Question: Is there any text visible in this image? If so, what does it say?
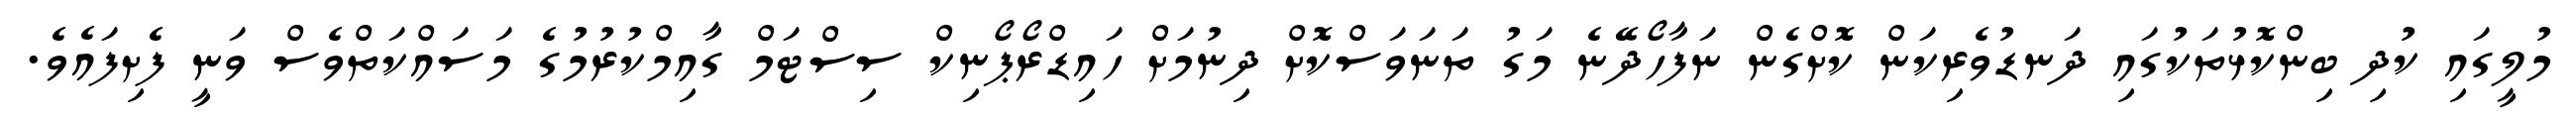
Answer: މުލީގައި ކުދި ބިންކޮޅުތަކުގައި ދަނޑުވެރިކަން ކޮށްގެން ނަފާހޯދޭނެ މަގު ތަނަވަސްކޮށް ދިނުމަށް ހައިޑްރޯޕޯނިކް ސިސްޓަމް ގާއިމްކުރުމުގެ މަސައްކަތްވެސް ވަނީ ފެށިފައެވެ.